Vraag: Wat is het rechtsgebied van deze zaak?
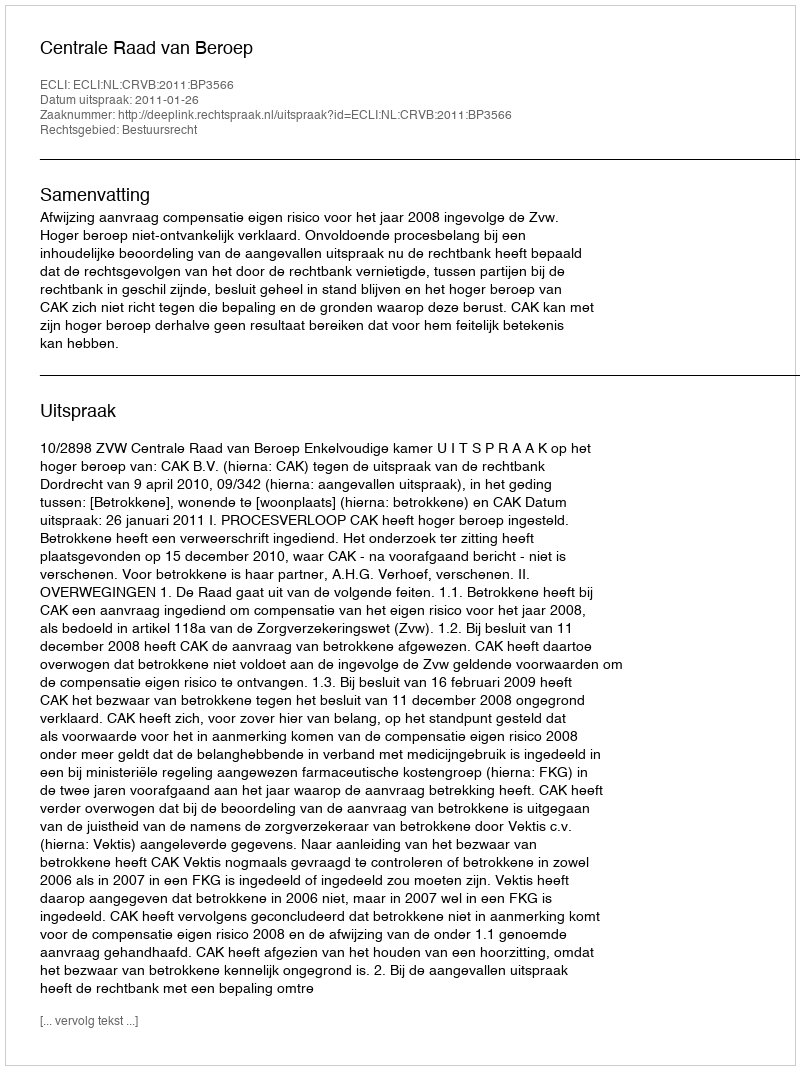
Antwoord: Bestuursrecht